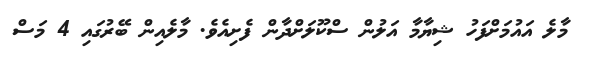
މާލެ އައުމަށްފަހު ޝިޔާމާ އަލުން ސްކޫލަށްދާން ފެށިއެވެ. މާލެއިން ބޭރުގައި 4 މަސް